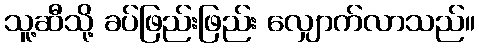
သူ့ဆီသို့ ခပ်ဖြည်းဖြည်း လျှောက်လာသည်။